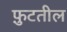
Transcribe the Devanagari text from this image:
फ़ुटतील